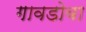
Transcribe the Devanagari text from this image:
गावडोबा